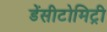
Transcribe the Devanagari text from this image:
डेंसीटोमिट्री